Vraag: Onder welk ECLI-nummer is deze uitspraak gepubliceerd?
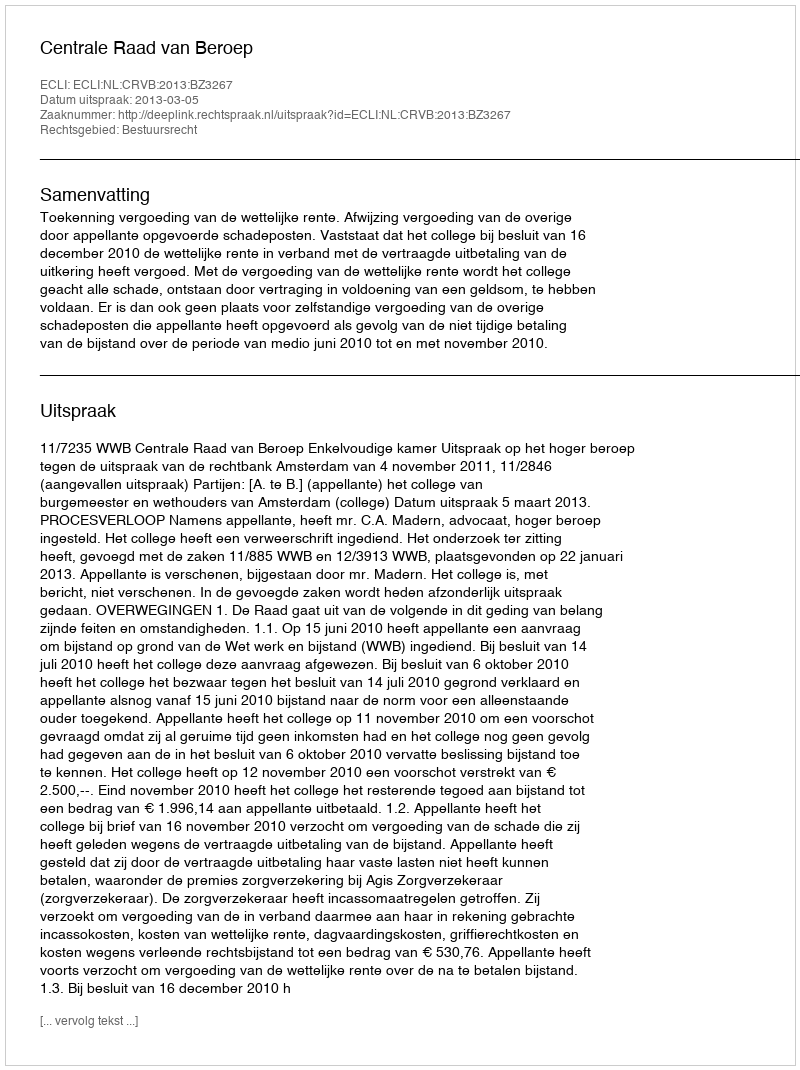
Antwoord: ECLI:NL:CRVB:2013:BZ3267